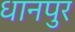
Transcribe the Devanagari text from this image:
धानपुर